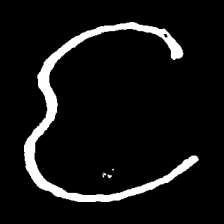
Pyu character \u2014 Myanmar letter: င (romanized: nga)